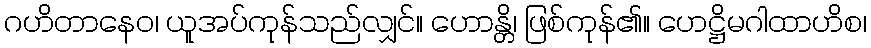
ဂဟိတာနေဝ၊ ယူအပ်ကုန်သည်လျှင်။ ဟောန္တိ၊ ဖြစ်ကုန်၏။ ဟေဋ္ဌိမဂါထာဟိစ၊